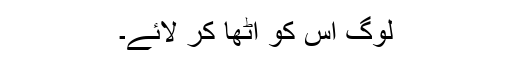
لوگ اس کو اٹھا کر لائے۔